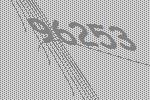
96253